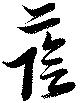
蔭